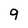
Character: 9